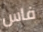
فاس